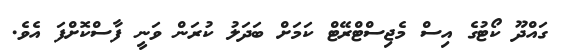
ގައްދޫ ކޯޓުގެ އިސް މެޖިސްޓްރޭޓް ކަމަށް ބަދަލު ކުރަން ވަނީ ފާސްކޮށްފަ އެވެ.